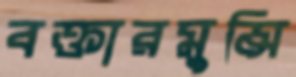
বক্তারমুন্সি